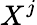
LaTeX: X^{j}